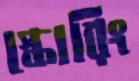
স্কোরিং